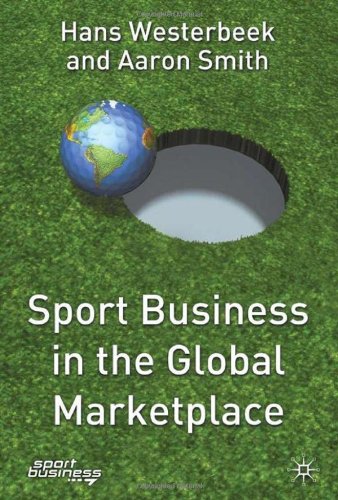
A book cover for Sport Business in the Global Marketplace (Finance and Capital Markets); Hans Westerbeek; Business & Money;